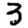
Digit: 3